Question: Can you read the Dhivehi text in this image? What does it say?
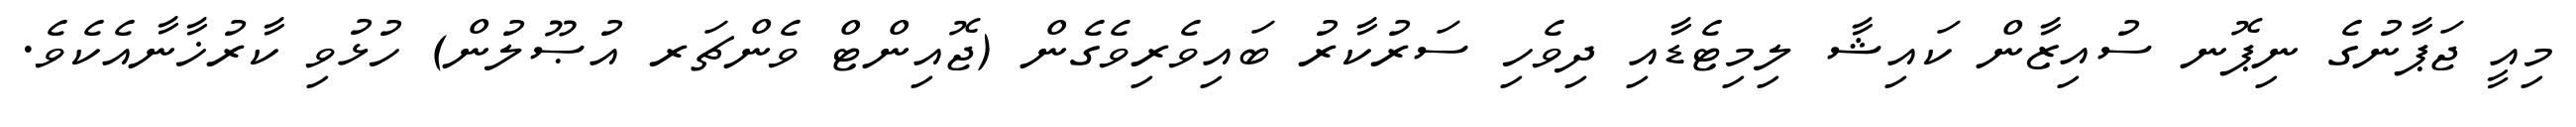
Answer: މިއީ ޖަޕާނުގެ ނިޕޮނ ސުއިޒާން ކައިޝާ ލިމިޓެޑާއި ދިވެހި ސަރުކާރު ބައިވެރިވެގެން (ޖޮއިންޓް ވެންޗަރ އުޞޫލުން) ހުޅުވި ކާރުޚާނާއެކެވެ.